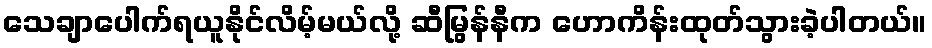
သေချာပေါက်ရယူနိုင်လိမ့်မယ်လို့ ဆီမြွန်နီက ဟောကိန်းထုတ်သွားခဲ့ပါတယ်။